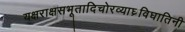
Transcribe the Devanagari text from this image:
यक्षराक्षसभूतादिचोरव्याघ्रविघातिनी